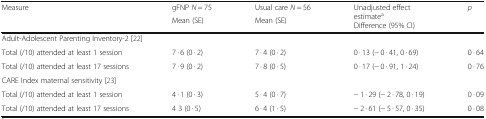
<table><thead><tr><td rowspan="2"><b>Measure</b></td><td><b>gFNP <i>N</i> = 75</b></td><td><b>Usual care <i>N</i> = 56</b></td><td rowspan="2"><b>Unadjusted effect estimate<sup>a</sup>Difference (95% CI)</b></td><td rowspan="2"><b><i>p</i></b></td></tr><tr><td><b>Mean (SE)</b></td><td><b>Mean (SE)</b></td></tr></thead><tbody><tr><td colspan="5">Adult-Adolescent Parenting Inventory-2 [22]</td></tr><tr><td>Total (/10) attended at least 1 session</td><td>7 · 6 (0 · 2)</td><td>7 · 4 (0 · 2)</td><td>0 · 13 (− 0 · 41, 0 · 69)</td><td>0 · 64</td></tr><tr><td>Total (/10) attended at least 17 sessions</td><td>7 · 9 (0 · 2)</td><td>7 · 8 (0 · 5)</td><td>0 · 17 (− 0 · 91, 1 · 24)</td><td>0 · 76</td></tr><tr><td colspan="5">CARE Index maternal sensitivity [23]</td></tr><tr><td>Total (/10) attended at least 1 session</td><td>4 · 1 (0 · 3)</td><td>5 · 4 (0 · 7)</td><td>− 1 · 29 (− 2 · 78, 0 · 19)</td><td>0 · 09</td></tr><tr><td>Total (/10) attended at least 17 sessions</td><td>4 3 (0 · 5)</td><td>6 · 4 (1 · 5)</td><td>− 2 · 61 (− 5 · 57, 0 · 35)</td><td>0 · 08</td></tr></tbody></table>